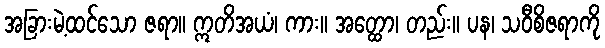
အခြားမဲ့ထင်သော ဇရာ။ ဣတိအယံ၊ ကား။ အတ္ထော၊ တည်း။ ပန၊ သဝီစိဇရာကို